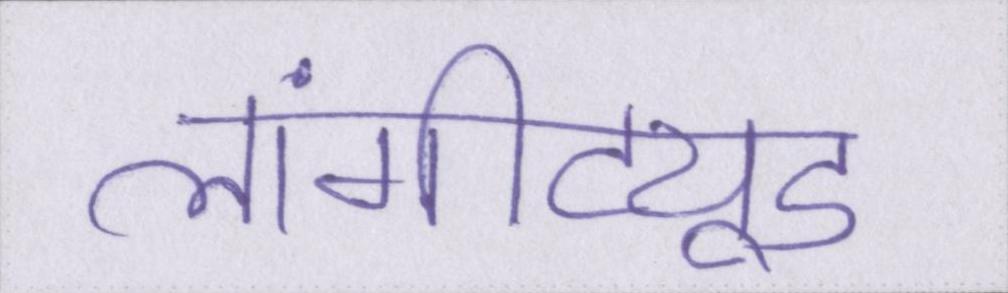
लांगीट्यूड